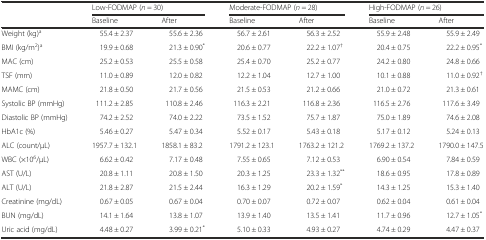
<table><thead><tr><td></td><td colspan="2"><b>Low-FODMAP (<i>n</i> = 30)</b></td><td colspan="2"><b>Moderate-FODMAP (<i>n</i> = 28)</b></td><td colspan="2"><b>High-FODMAP (<i>n</i> = 26)</b></td></tr><tr><td></td><td><b>Baseline</b></td><td><b>After</b></td><td><b>Baseline</b></td><td><b>After</b></td><td><b>Baseline</b></td><td><b>After</b></td></tr></thead><tbody><tr><td>Weight (kg)<sup>a</sup></td><td>55.4 ± 2.37</td><td>55.6 ± 2.36</td><td>56.7 ± 2.61</td><td>56.3 ± 2.52</td><td>55.9 ± 2.48</td><td>55.9 ± 2.49</td></tr><tr><td>BMI (kg/m<sup>2</sup>)<sup>a</sup></td><td>19.9 ± 0.68</td><td>21.3 ± 0.90<sup>*</sup></td><td>20.6 ± 0.77</td><td>22.2 ± 1.07<sup>†</sup></td><td>20.4 ± 0.75</td><td>22.2 ± 0.95<sup>*</sup></td></tr><tr><td>MAC (cm)</td><td>25.2 ± 0.53</td><td>25.5 ± 0.58</td><td>25.4 ± 0.70</td><td>25.2 ± 0.77</td><td>24.2 ± 0.80</td><td>24.8 ± 0.66</td></tr><tr><td>TSF (mm)</td><td>11.0 ± 0.89</td><td>12.0 ± 0.82</td><td>12.2 ± 1.04</td><td>12.7 ± 1.00</td><td>10.1 ± 0.88</td><td>11.0 ± 0.92<sup>†</sup></td></tr><tr><td>MAMC (cm)</td><td>21.8 ± 0.50</td><td>21.7 ± 0.56</td><td>21.5 ± 0.53</td><td>21.2 ± 0.66</td><td>21.0 ± 0.72</td><td>21.3 ± 0.61</td></tr><tr><td>Systolic BP (mmHg)</td><td>111.2 ± 2.85</td><td>110.8 ± 2.46</td><td>116.3 ± 2.21</td><td>116.8 ± 2.36</td><td>116.5 ± 2.76</td><td>117.6 ± 3.49</td></tr><tr><td>Diastolic BP (mmHg)</td><td>74.2 ± 2.52</td><td>74.0 ± 2.22</td><td>73.5 ± 1.52</td><td>75.7 ± 1.87</td><td>75.0 ± 1.89</td><td>74.6 ± 2.08</td></tr><tr><td>HbA1c (%)</td><td>5.46 ± 0.27</td><td>5.47 ± 0.34</td><td>5.52 ± 0.17</td><td>5.43 ± 0.18</td><td>5.17 ± 0.12</td><td>5.24 ± 0.13</td></tr><tr><td>ALC (count/μL)</td><td>1957.7 ± 132.1</td><td>1858.1 ± 83.2</td><td>1791.2 ± 123.1</td><td>1763.2 ± 121.2</td><td>1769.2 ± 137.2</td><td>1790.0 ± 147.5</td></tr><tr><td>WBC (×10<sup>6</sup>/μL)</td><td>6.62 ± 0.42</td><td>7.17 ± 0.48</td><td>7.55 ± 0.65</td><td>7.12 ± 0.53</td><td>6.90 ± 0.54</td><td>7.84 ± 0.59</td></tr><tr><td>AST (U/L)</td><td>20.8 ± 1.11</td><td>20.8 ± 1.50</td><td>20.3 ± 1.25</td><td>23.3 ± 1.32<sup>**</sup></td><td>18.6 ± 0.95</td><td>17.8 ± 0.89</td></tr><tr><td>ALT (U/L)</td><td>21.8 ± 2.87</td><td>21.5 ± 2.44</td><td>16.3 ± 1.29</td><td>20.2 ± 1.59<sup>*</sup></td><td>14.3 ± 1.25</td><td>15.3 ± 1.40</td></tr><tr><td>Creatinine (mg/dL)</td><td>0.67 ± 0.05</td><td>0.67 ± 0.04</td><td>0.70 ± 0.07</td><td>0.72 ± 0.07</td><td>0.62 ± 0.04</td><td>0.61 ± 0.04</td></tr><tr><td>BUN (mg/dL)</td><td>14.1 ± 1.64</td><td>13.8 ± 1.07</td><td>13.9 ± 1.40</td><td>13.5 ± 1.41</td><td>11.7 ± 0.96</td><td>12.7 ± 1.05<sup>*</sup></td></tr><tr><td>Uric acid (mg/dL)</td><td>4.48 ± 0.27</td><td>3.99 ± 0.21<sup>*</sup></td><td>5.10 ± 0.33</td><td>4.93 ± 0.27</td><td>4.74 ± 0.29</td><td>4.47 ± 0.37</td></tr></tbody></table>